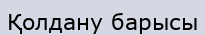
Қолдану барысы